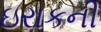
ઇરાકની